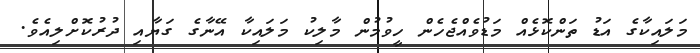
މަލައިކާގެ އަޑު ތަންކޮޅެއް މަޑުވެއްޖެހެން ހީވުމުން މާލިކު މަލައިކާ އޭނާގެ ގަޔާއި ދުރުކޮށްލިއެވެ.